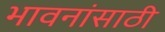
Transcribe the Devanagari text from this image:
भावनांसाठी